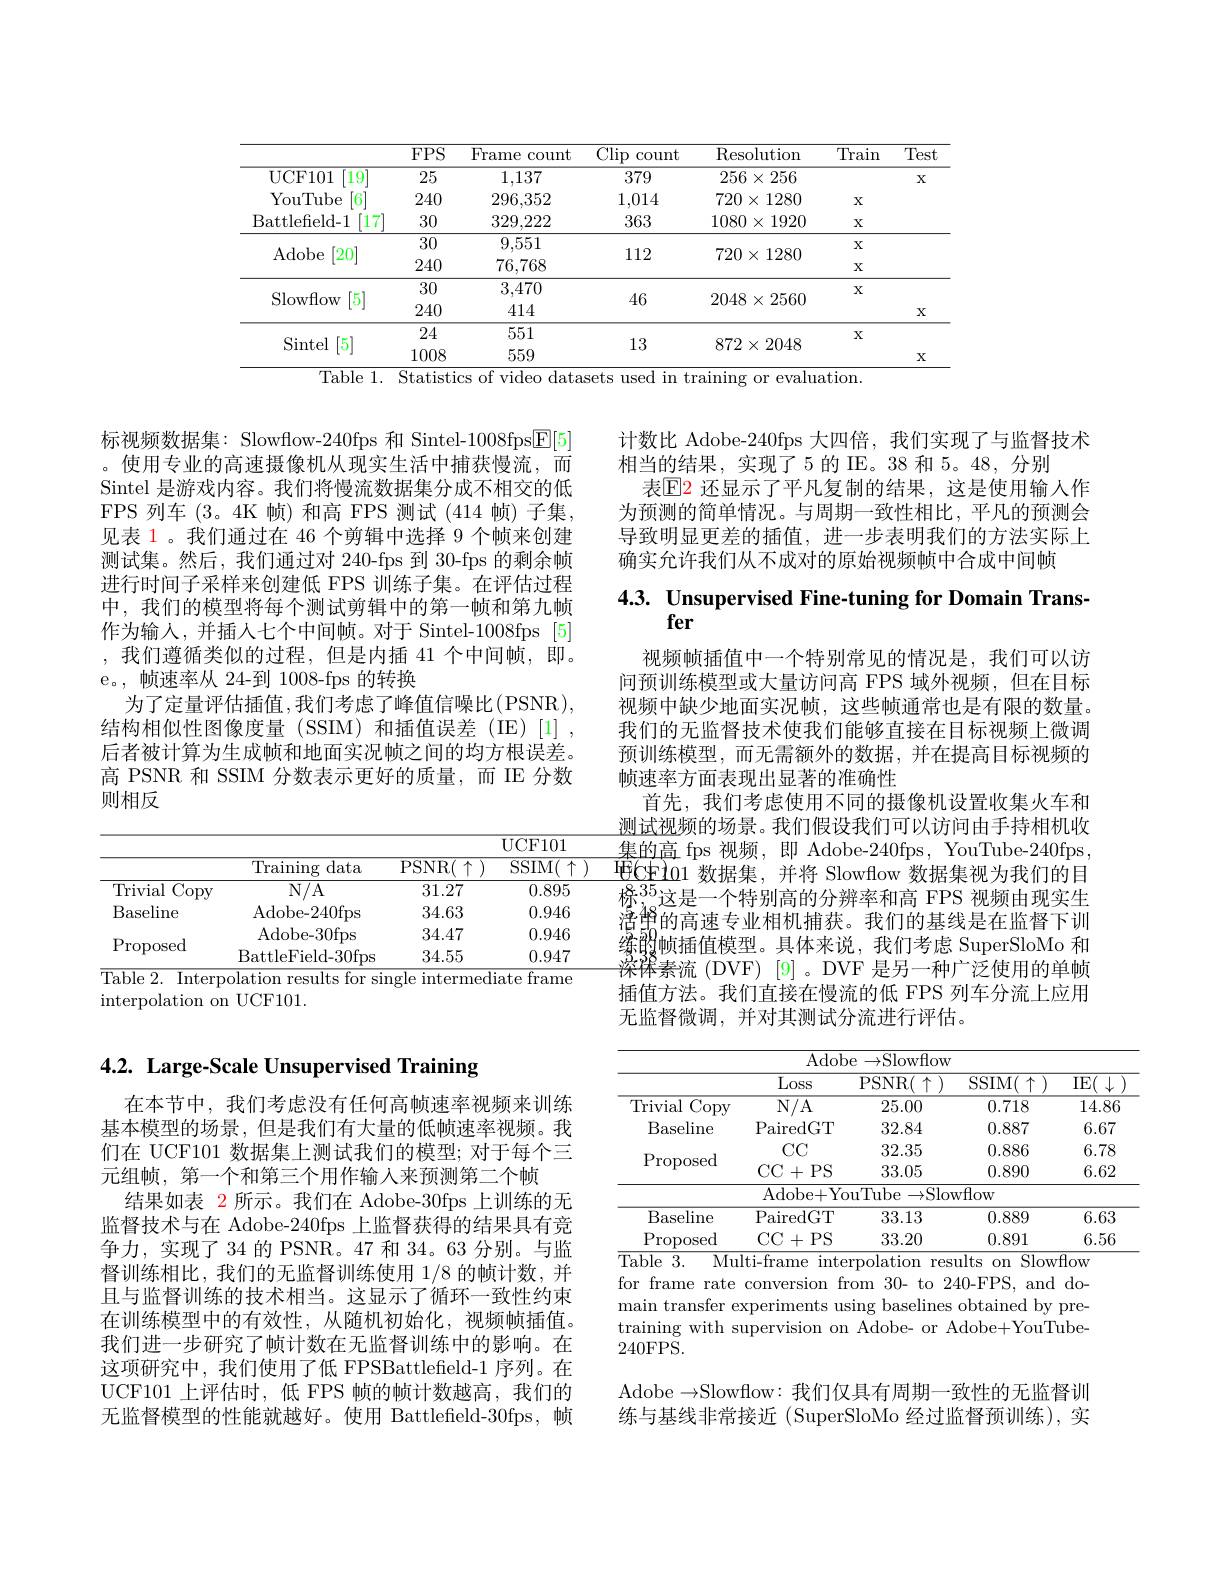
<table>
	<tbody>
		<tr>
			<th> </th>
			<th>$FPS$</th>
			<th>Frame 1 count</th>
			<th>$\operatorname{Clip}$ count</th>
			<th>Resolution</th>
			<th>Train</th>
			<th>Test</th>
		</tr>
		<tr>
			<td>UCF101 $19^{\prime}$</td>
			<td>25</td>
			<td>1,137</td>
			<td>379</td>
			<td>$256\times256$</td>
			<td> </td>
			<td>X</td>
		</tr>
		<tr>
			<td>YouTube 6</td>
			<td>240</td>
			<td>296,352</td>
			<td>1,014</td>
			<td>$720\times1280$</td>
			<td>X</td>
			<td> </td>
		</tr>
		<tr>
			<td>Battlefield- 1 17</td>
			<td>30</td>
			<td>329,222</td>
			<td>363</td>
			<td>$1080\times1920$</td>
			<td>X</td>
			<td> </td>
		</tr>
		<tr>
			<td>n n</td>
			<td>30</td>
			<td>9,551</td>
			<td rowspan="2">112</td>
			<td rowspan="2">$720\times1280$</td>
			<td>$X$</td>
			<td> </td>
		</tr>
		<tr>
			<td>$Ad0De$ $|\angle U$ ,</td>
			<td>240</td>
			<td>76,768</td>
			<td>$X$</td>
			<td> </td>
		</tr>
		<tr>
			<td rowspan="2">[5] Slowflow</td>
			<td>30</td>
			<td>3,470</td>
			<td> </td>
			<td rowspan="2">$2048\times2560$</td>
			<td>X</td>
			<td> </td>
		</tr>
		<tr>
			<td>240</td>
			<td>414</td>
			<td>40</td>
			<td> </td>
			<td>X</td>
		</tr>
		<tr>
			<td rowspan="2">Sintel [5]</td>
			<td>24</td>
			<td>551</td>
			<td>1 6</td>
			<td> </td>
			<td>X</td>
			<td> </td>
		</tr>
		<tr>
			<td>1008</td>
			<td>559</td>
			<td>10</td>
			<td>$01\angle\times\angle040$</td>
			<td> </td>
			<td>X</td>
		</tr>
	</tbody>
</table>

# 4.2. Large-Scale Unsupervised Training

在本节中，我们考虑没有任何高帧速率视频来训练基本模型的场景，但是我们有大量的低帧速率视频。我们在 UCF101 数据集上测试我们的模型；对于每个三元组帧，第一个和第三个用作输入来预测第二个帧
结果如表 2 所示。我们在 Adobe-30fps 上训练的无监督技术与在 Adobe-240fps 上监督获得的结果具有竞争力，实现了34 的 PSNR。47 和 34。63 分别。与监督训练相比，我们的无监督训练使用 1/8 的帧计数，并且与监督训练的技术相当。这显示了循环一致性约束在训练模型中的有效性，从随机初始化，视频帧插值。我们进一步研究了帧计数在无监督训练中的影响。在这项研究中，我们使用了低 FPSBattlefield-1 序列。在UCF101 上评估时，低 FPS 帧的帧计数越高，我们的无监督模型的性能就越好。使用 Battlefield-30fps, 帧

标视频数据集：Slowflow-240fps 和 Sintel-1008fps$\boxed{\mathrm{E}}[5]$ 。使用专业的高速摄像机从现实生活中捕获慢流，而Sintel 是游戏内容。我们将慢流数据集分成不相交的低FPS 列车 (3。4K 帧)和高 FPS 测试 (414 帧) 子集， 见表 1。我们通过在 46 个剪辑中选择 9 个帧来创建测试集。然后，我们通过对 240-fps 到 30-fps 的剩余帧进行时间子采样来创建低 FPS 训练子集。在评估过程中，我们的模型将每个测试剪辑中的第一帧和第九帧作为输入，并插人七个中间帧。对于 Sintel-1008fps [5] ,我们遵循类似的过程，但是内插 41 个中间帧，即。e。, 帧速率从 24-到 1008-fps 的转换
为了定量评估插值，我们考虑了峰值信噪比(PSNR), 结构相似性图像度量(SSIM)和插值误差(IE)[1], 后者被计算为生成帧和地面实况帧之间的均方根误差。高 PSNR 和 SSIM 分数表示更好的质量，而 IE 分数则相反

<table>
	<tbody>
		<tr>
			<th> </th>
			<th>Training $\xi$data</th>
			<th>PSNR( $\uparrow$</th>
			<th>$\operatorname{SSIM}($ 个</th>
			<th>T 1 1</th>
		</tr>
		<tr>
			<td>Copy Trivial</td>
			<td>$N/A$</td>
			<td>31.27</td>
			<td>0.895</td>
			<td> </td>
		</tr>
		<tr>
			<td>Baseline</td>
			<td>Adobe- 240fps</td>
			<td>34.63</td>
			<td>0.946</td>
			<td> </td>
		</tr>
		<tr>
			<td rowspan="2">$\operatorname{Proposed}$</td>
			<td>Adobe- 30fps</td>
			<td>34.47</td>
			<td>0.946</td>
			<td> </td>
		</tr>
		<tr>
			<td>BattleField- 30fps</td>
			<td>34.55</td>
			<td>0.947</td>
			<td> </td>
		</tr>
	</tbody>
</table>
$\overline{\text{Table 2. Interpolation results for single intermediate frame}}$

interpolation on UCF101.

计数比 Adobe-240fps 大四倍，我们实现了与监督技术
相当的结果，实现了5的IE。38 和 5。48, 分别
表$\mathbb{E}$2 还显示了平凡复制的结果，这是使用输入作为预测的简单情况。与周期一致性相比，平凡的预测会导致明显更差的插值，进一步表明我们的方法实际上确实允许我们从不成对的原始视频帧中合成中间帧

## $4. 3. \textbf{ Unsupervised Fine- tuning for Domain Trans- }$ fer

视频帧插值中一个特别常见的情况是，我们可以访问预训练模型或大量访问高 FPS 域外视频，但在目标视频中缺少地面实况帧，这些帧通常也是有限的数量。我们的无监督技术使我们能够直接在目标视频上微调预训练模型，而无需额外的数据，并在提高目标视频的帧速率方面表现出显著的准确性
首先，我们考虑使用不同的摄像机设置收集火车和测试视频的场景。我们假设我们可以访问由手持相机收集的高 fps 视频，即 Adobe-240fps, YouTube-240fps, $\textcircled{\text{电}}\textcircled{\text{中}10}1$数据集，并将 Slowflow 数据集视为我们的目$\frac{85}{\text{ 标}_{\lambda_{0}}^{35}\text{这是一个特别高的分辨率和高 FPS 视频由现实生}}$ $\underset{\text{湾}50}{\operatorname*{\operatorname*{\operatorname*{\operatorname*{\text{语}}}}}}^{48}$的高速专业相机捕获。我们的基线是在监督下训$综_{38}^{59}$帧插值模型。具体来说，我们考虑 SuperSloMo 和深降素流 (DVF) [9]。DVF 是另一种广泛使用的单帧插值方法。我们直接在慢流的低 FPS 列车分流上应用无监督微调，并对其测试分流进行评估。

<table>
	<tbody>
		<tr>
			<th> </th>
			<th>Loss</th>
			<th>PSNR( $\uparrow$</th>
			<th>$\overline{\mathrm{SSIM(~}\uparrow}$</th>
			<th>IE</th>
		</tr>
		<tr>
			<td>Copy Trivial</td>
			<td>$N/A$</td>
			<td>25.00</td>
			<td>0.718</td>
			<td>14.86</td>
		</tr>
		<tr>
			<td>Baseline</td>
			<td>PairedGT</td>
			<td>32.84</td>
			<td>0.887</td>
			<td>6.67</td>
		</tr>
		<tr>
			<td> </td>
			<td>CC</td>
			<td>32.35</td>
			<td>0.886</td>
			<td>6.78</td>
		</tr>
		<tr>
			<td>$\operatorname{roposed}$</td>
			<td>CC+ PS</td>
			<td>33.05</td>
			<td>0.890</td>
			<td>6.62</td>
		</tr>
		<tr>
			<td> </td>
			<td>Adobe+ Yc</td>
			<td>uTube $\rightarrow$Slo</td>
			<td>wflow</td>
			<td> </td>
		</tr>
		<tr>
			<td>Baseline</td>
			<td>PairedGT</td>
			<td>33.13</td>
			<td>0.889</td>
			<td>6.63</td>
		</tr>
		<tr>
			<td>Proposed</td>
			<td>CC+PS</td>
			<td>33.20</td>
			<td>0.891</td>
			<td>6.56</td>
		</tr>
	</tbody>
</table>
Multi-frame interpolation results on Slowflow

for frame rate conversion from 30- to 240-FPS, and domain transfer experiments using baselines obtained by pretraining with supervision on Adobe- or Adobe+YouTube- 240FPS.

Adobe $\to$Slowflow: 我们仅具有周期一致性的无监督训练与基线非常接近 (SuperSloMo 经过监督预训练),实